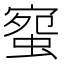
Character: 䗕